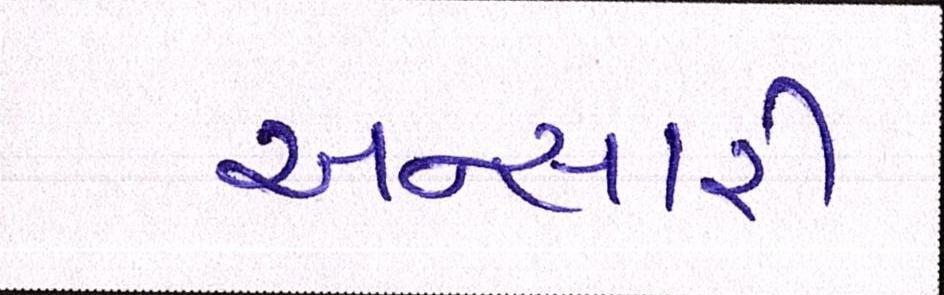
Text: અન્સારી